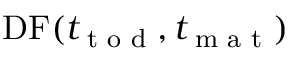
\mathrm { D F } ( t _ { \textrm { t o d } } , t _ { \textrm { m a t } } )